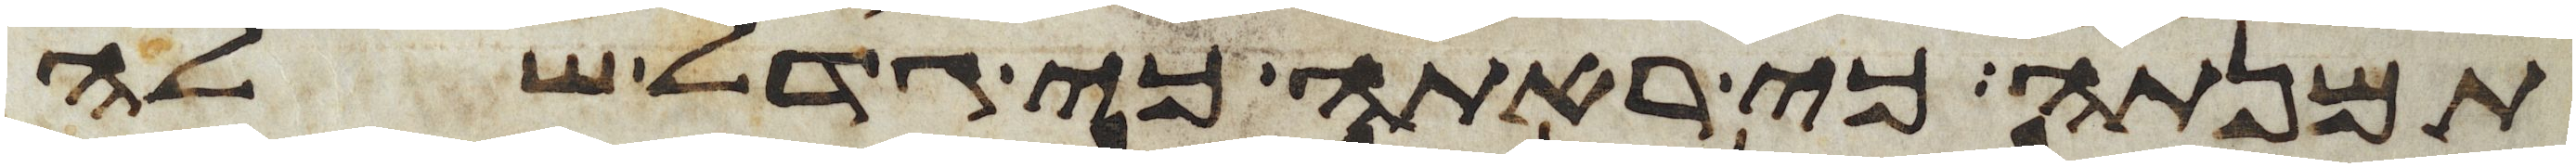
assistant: תמנתה כי ראתה כי גדל שלה